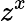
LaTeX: z^{x}